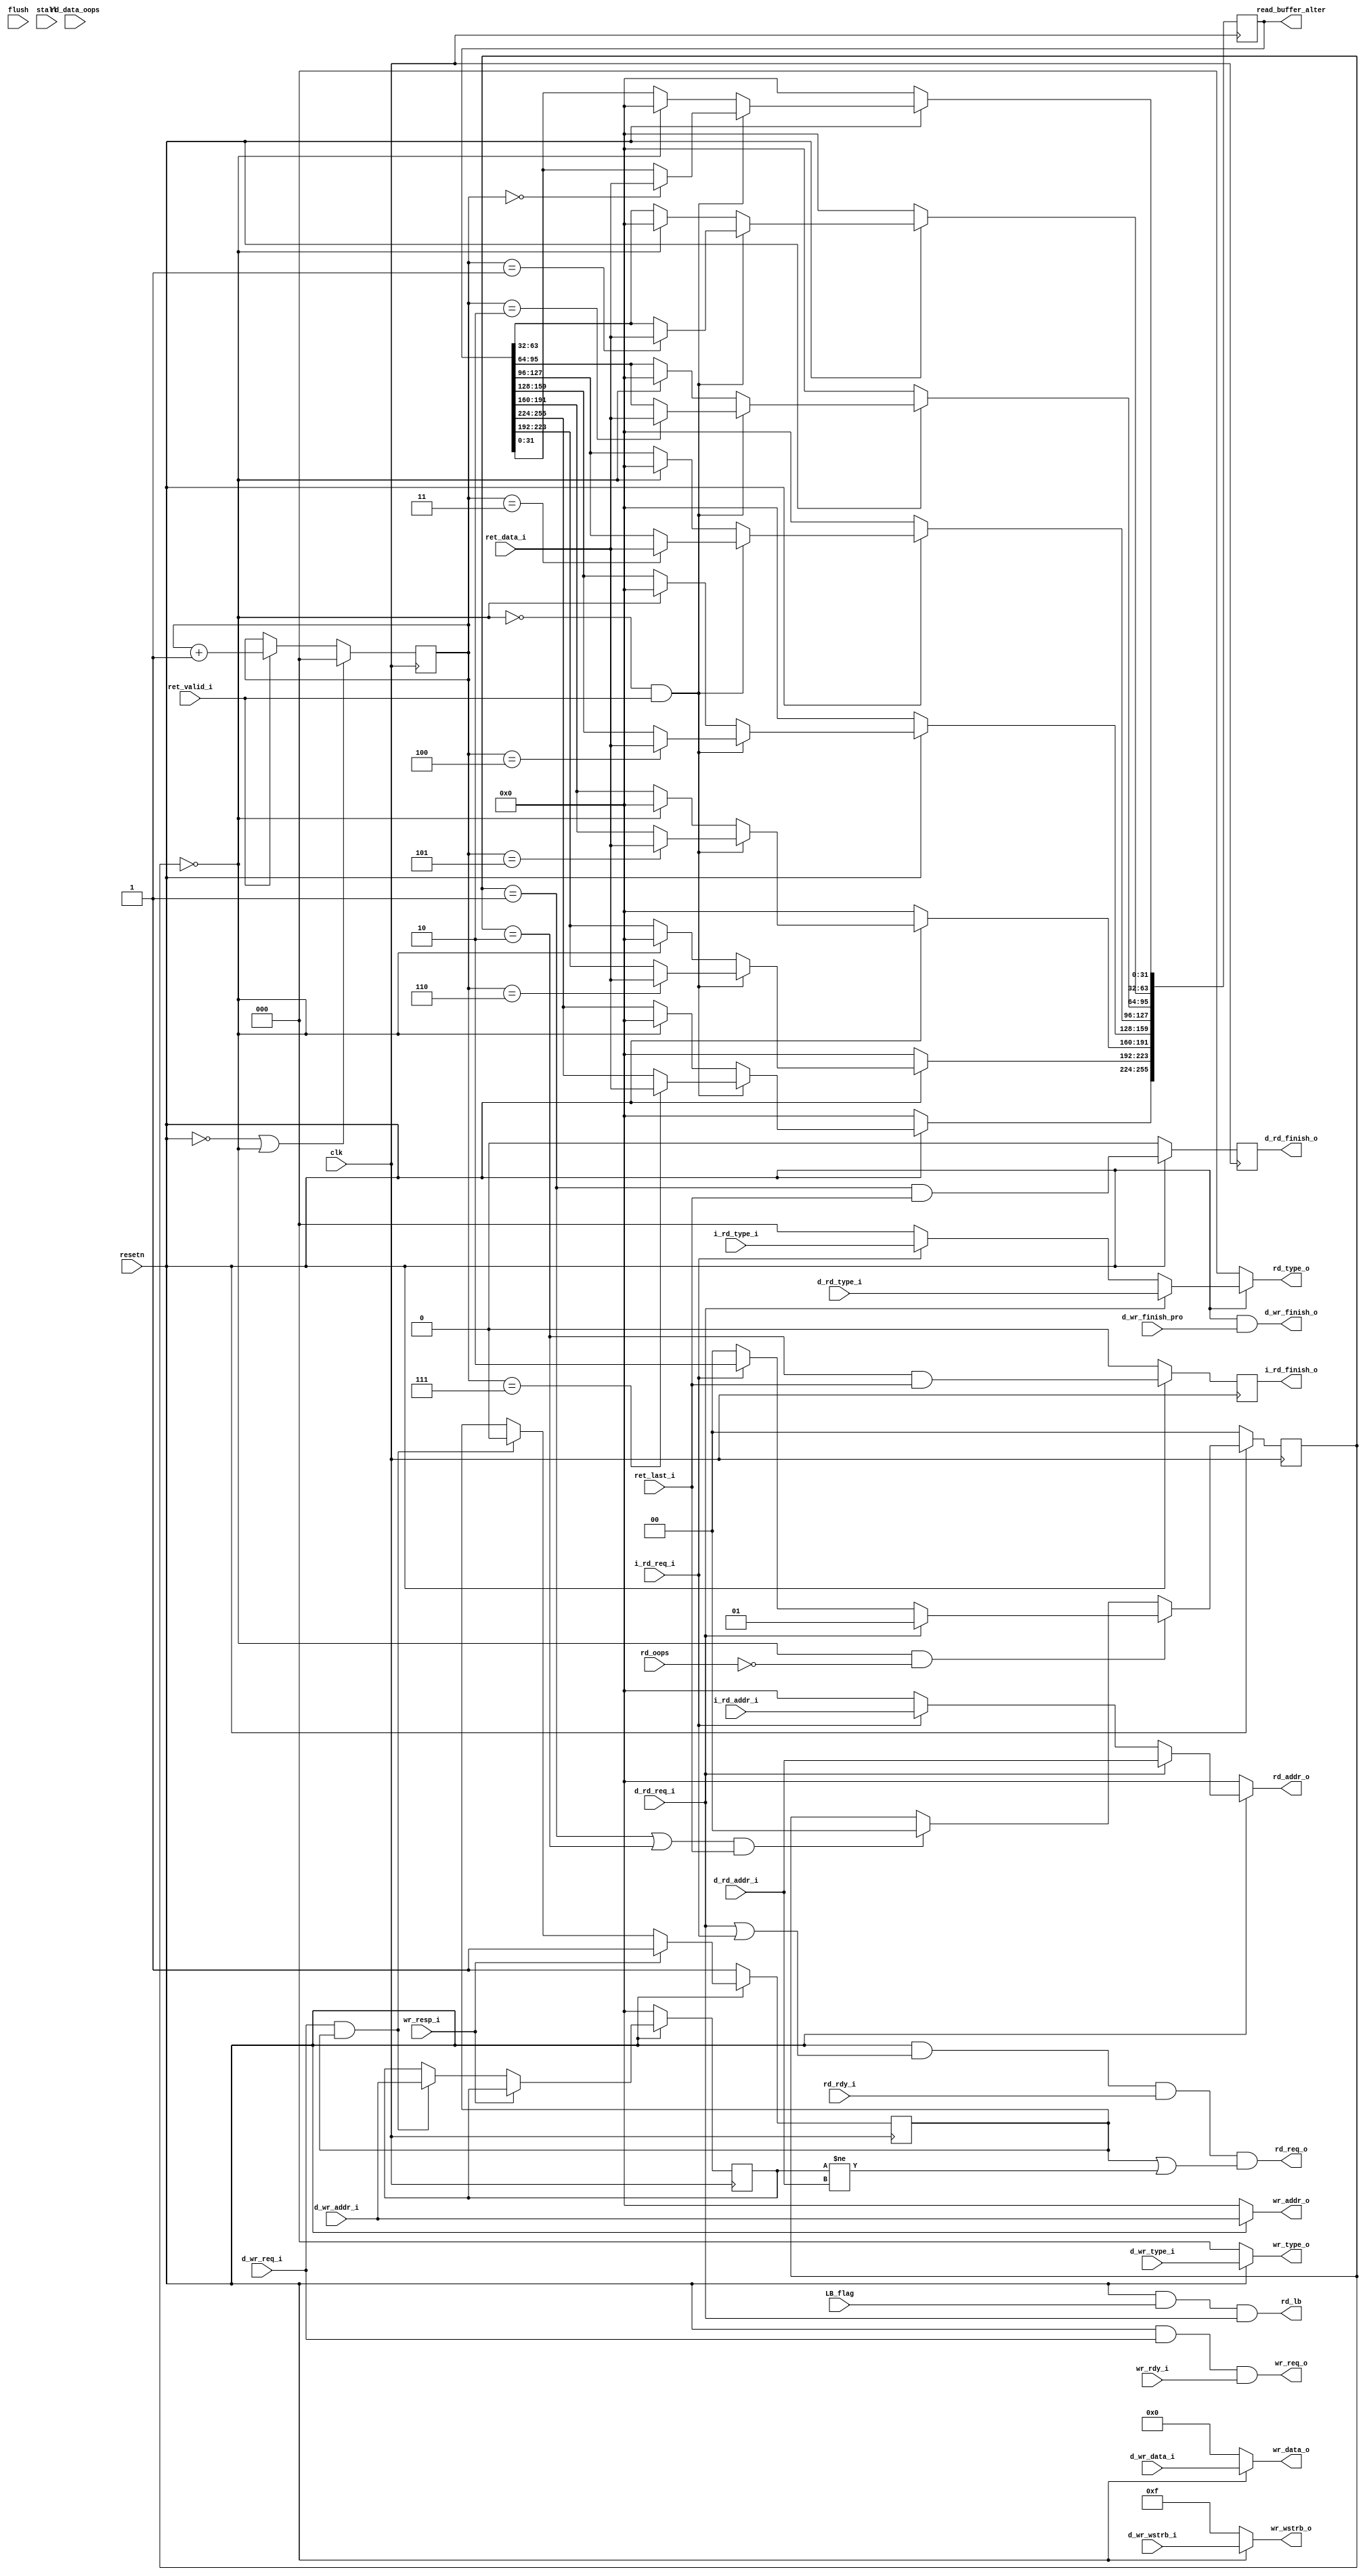
`timescale 1ns / 1ps
//////////////////////////////////////////////////////////////////////////////////
// Company: 
// Engineer: 
// 
// Design Name: 
// Module Name: Cache_AXI_siwtch
// Project Name: 
// Target Devices: 
// Tool Versions: 
// Description: 
// 
// Dependencies: 
// 
// Revision:
// Revision 0.01 - File Created
// Additional Comments:
// 
//////////////////////////////////////////////////////////////////////////////////
/*
READ_STATE

free    :00
d_read  :01
i_read  :10
default :11
*/
/*
!!!cache should not cancel thr REQ signal until the transmission has finished!!!
*/
module Cache_AXI_switch(
    input               clk            ,   
    input               resetn         ,  //low active
    input               flush          ,  //todo
    input  [ 5:0]       stall          ,  //todo
    //i_cache_read
    input               i_rd_req_i     ,
    input  [ 2:0]       i_rd_type_i    ,
    input  [31:0]       i_rd_addr_i    ,
    output              i_rd_finish_o  ,
    //d_cache_read
    
    input               LB_flag        ,
    output              rd_lb          ,
    
    input               d_rd_req_i     ,
    input  [ 2:0]       d_rd_type_i    ,
    input  [31:0]       d_rd_addr_i    ,
    output              d_rd_finish_o  ,
    //read
    input               rd_rdy_i       ,//
    input               ret_valid_i    ,
    input               ret_last_i     ,//
    input  [31:0]       ret_data_i     ,
    
    output              rd_req_o       ,
    output [ 2:0]       rd_type_o      ,
    output [31:0]       rd_addr_o      ,

    output reg [255:0]  read_buffer_alter   ,
    //d_cache_write
    input               d_wr_req_i     ,
    input  [ 2:0]       d_wr_type_i    ,
    input  [31:0]       d_wr_addr_i    ,
    input  [ 3:0]       d_wr_wstrb_i   ,
    input  [255:0]      d_wr_data_i    ,
    output              d_wr_finish_o  ,
    input               d_wr_finish_pro,

    output              wr_req_o       ,
    output [ 2:0]       wr_type_o      ,
    output [31:0]       wr_addr_o      ,
    output [ 3:0]       wr_wstrb_o     ,
    output [255:0]      wr_data_o      ,
    
    input               wr_resp_i      ,
    input               wr_rdy_i       ,
    //oops
    input  [127:0]      rd_data_oops   ,
    input               rd_oops        
    );

    reg    [ 1:0]       read_state      ;
    wire   [ 1:0]       next_read_state ;
    reg                 write_state     ;
    wire                next_write_state;
    reg    [31:0]       ocupied_address ;
    reg                 ocupied_flag    ;

    reg    [ 2:0]      read_cnt         ;
    reg                ret_last_ff      ;
    reg                i_rd_finish_ff   ;
    reg                d_rd_finish_ff   ;
    wire               rd_free          ;

    assign  rd_free             = read_state == 2'b00                                               ;

    always @(posedge clk ) begin
       if (~resetn) begin
           read_state   <= 2'b00            ;
           write_state  <= 1'b0             ;
       end
       else begin
           read_state   <= next_read_state  ;
           write_state  <= next_write_state ;
       end 
    end

    assign  next_write_state    = resetn ? (write_state ? ~wr_resp_i : d_wr_req_i) : 1'b0           ;

    assign  next_read_state     = resetn ? (rd_free & ~rd_oops  ? (d_rd_req_i                          ? 2'b01           //priority
                                                                : (i_rd_req_i                          ? 2'b10 : 2'b00))
                                         : ((read_state == 2'b01 || read_state == 2'b10) && ret_last_i ? 2'b00 
                                         : read_state))
                                         : 2'b00                                                    ;

    assign  rd_req_o            = resetn & (d_rd_req_i || i_rd_req_i) & rd_rdy_i & (ocupied_flag | ocupied_address != d_rd_addr_i);
    assign  rd_lb               = resetn & LB_flag & d_rd_req_i                                     ;
    assign  rd_type_o           = resetn ? (d_rd_req_i ? d_rd_type_i 
                                         : (i_rd_req_i ? i_rd_type_i : 3'b000))
                                         : 3'b000                                                   ;
    
    assign  rd_addr_o           = resetn ? (d_rd_req_i ? d_rd_addr_i 
                                         : (i_rd_req_i ? i_rd_addr_i : 32'h00000000))
                                         : 32'h00000000                                             ;

        //8_15new
    always @(posedge clk)begin
        if  (~resetn) begin
            ocupied_address <= 32'd0                                                                ;
            ocupied_flag    <= 1'b1                                                                 ;
        end
        else
        if  (wr_resp_i)begin
            ocupied_flag    <= 1'b1                                                                 ;
        end
        else
        if  (d_wr_req_i & ocupied_flag) begin
            ocupied_address <= d_wr_addr_i                                                          ;
            ocupied_flag    <= 1'b0                                                                 ;
        end
    end
    
    
    assign  d_rd_finish_o       = d_rd_finish_ff                                                    ;
    assign  i_rd_finish_o       = i_rd_finish_ff                                                    ;
    
    
    assign  d_wr_finish_o       = resetn & d_wr_finish_pro                                          ;
    
    assign  wr_req_o            = resetn & d_wr_req_i & wr_rdy_i                                    ;
    assign  wr_type_o           = resetn ? d_wr_type_i  : 3'b000                                    ;
    assign  wr_wstrb_o          = resetn ? d_wr_wstrb_i : 4'b1111                                   ;
    assign  wr_data_o           = resetn ? d_wr_data_i  : 256'd0                                    ;
    assign  wr_addr_o           = resetn ? d_wr_addr_i  : 32'h00000000                              ;

    always @(posedge clk ) begin
        if ( ~resetn | rd_free ) begin
            read_cnt           <= 3'b000                                                            ;
        end
        else 
        if ( ret_valid_i ) begin
            read_cnt           <= read_cnt + 3'b001                                                 ;
        end
    end
    
    always @(posedge clk) begin
        if (resetn) begin
            if (~rd_free & ret_valid_i) begin
                case(read_cnt)
                    3'b111: begin
                        read_buffer_alter[255:224]  <= ret_data_i   ;
                    end
                    3'b110: begin
                        read_buffer_alter[223:192]  <= ret_data_i   ;
                    end
                    3'b101: begin
                        read_buffer_alter[191:160]  <= ret_data_i   ;
                    end
                    3'b100: begin
                        read_buffer_alter[159:128]  <= ret_data_i   ;
                    end
                    3'b011: begin
                        read_buffer_alter[127: 96]  <= ret_data_i   ;
                    end
                    3'b010: begin
                        read_buffer_alter[ 95: 64]  <= ret_data_i   ;
                    end
                    3'b001: begin
                        read_buffer_alter[ 63: 32]  <= ret_data_i   ;
                    end
                    3'b000: begin
                        read_buffer_alter[ 31:  0]  <= ret_data_i   ;
                    end
                    default:begin
                        read_buffer_alter   <= 256'd0                       ;
                    end
                endcase
                ret_last_ff         <= ret_last_i                           ;
            end
            else
            if (~rd_free) begin
            end
            else    begin
                read_buffer_alter   <= 256'd0                               ;
                ret_last_ff         <= 1'b0                                 ;
            end
            i_rd_finish_ff          <= (read_state == 2'b10) & ret_last_i   ; 
            d_rd_finish_ff          <= (read_state == 2'b01) & ret_last_i   ;
        end
        else    begin
            read_buffer_alter       <= 256'd0                               ;
            ret_last_ff             <= 1'b0                                 ;
            i_rd_finish_ff          <= 1'b0                                 ;
            d_rd_finish_ff          <= 1'b0                                 ;
        end
    end

endmodule